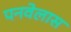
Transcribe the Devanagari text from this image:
पनवेलास